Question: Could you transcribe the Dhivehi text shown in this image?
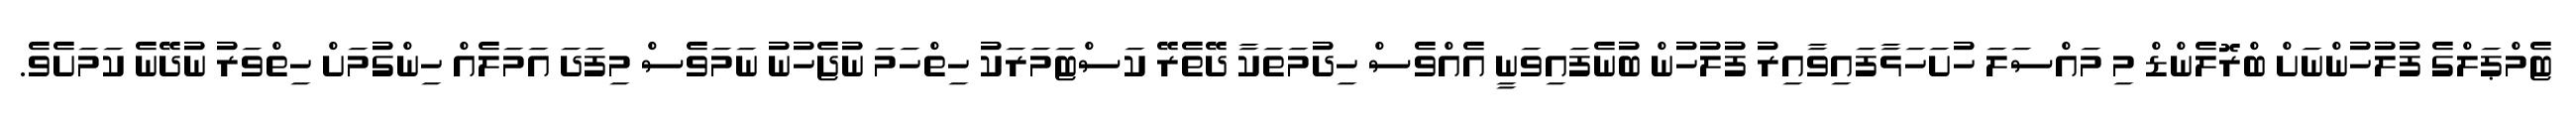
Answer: ޓެމްޕަލްގެ ފުލުހުންނަށް ބްރޮލެންޑް މި މައްސަލަ ހުށަހަޅާފައިވާއިރު ފުލުހުން ބުނެފައިވަނީ އެއްވެސް ހިދުމަތަކާ ދޭތެރޭ ކަސްޓަމަރަކު ހިތްހަމަ ނުޖެހުނު ނަމަވެސް މިފަދަ އަމަލެއް ހިންގުމަށް ހިތްވަރު ނުދޭނެ ކަމަށެވެ.